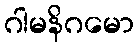
ဂါမနိဂမော